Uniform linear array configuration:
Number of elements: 48
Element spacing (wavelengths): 0.5
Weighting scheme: hann
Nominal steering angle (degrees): -60
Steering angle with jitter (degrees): -60.298
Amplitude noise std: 0.05
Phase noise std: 0.05

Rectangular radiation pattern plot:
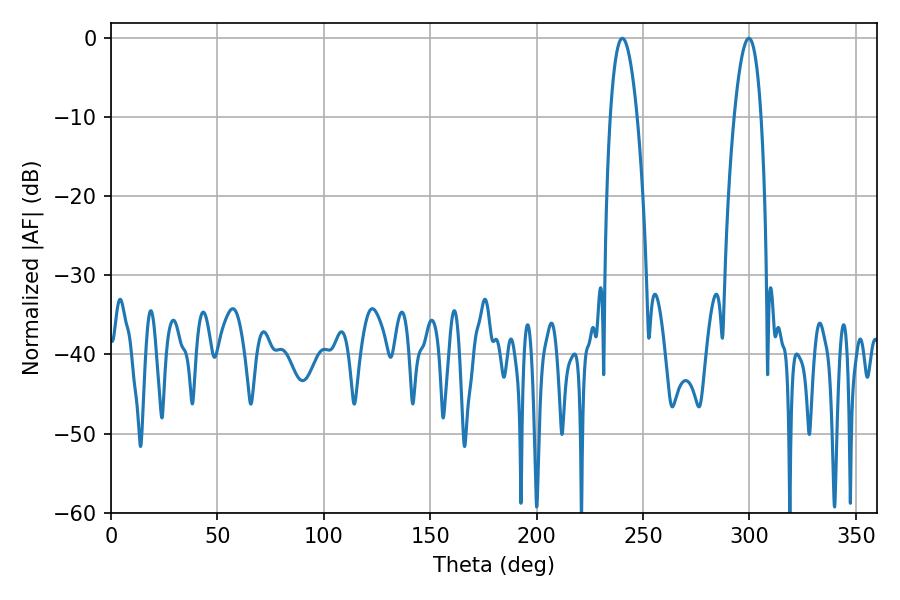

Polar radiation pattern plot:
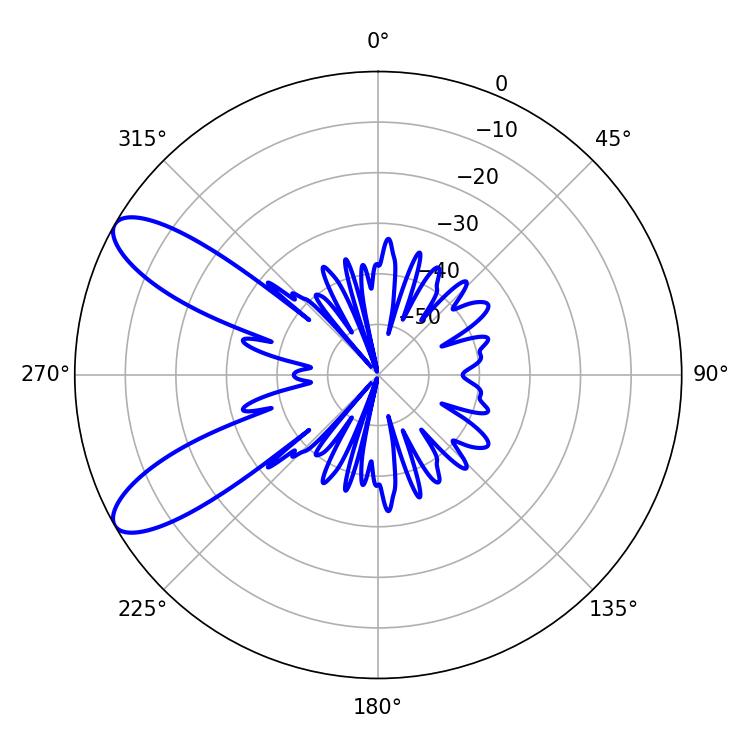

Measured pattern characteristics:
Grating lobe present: FALSE
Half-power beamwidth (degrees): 6.84
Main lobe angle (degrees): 240.3